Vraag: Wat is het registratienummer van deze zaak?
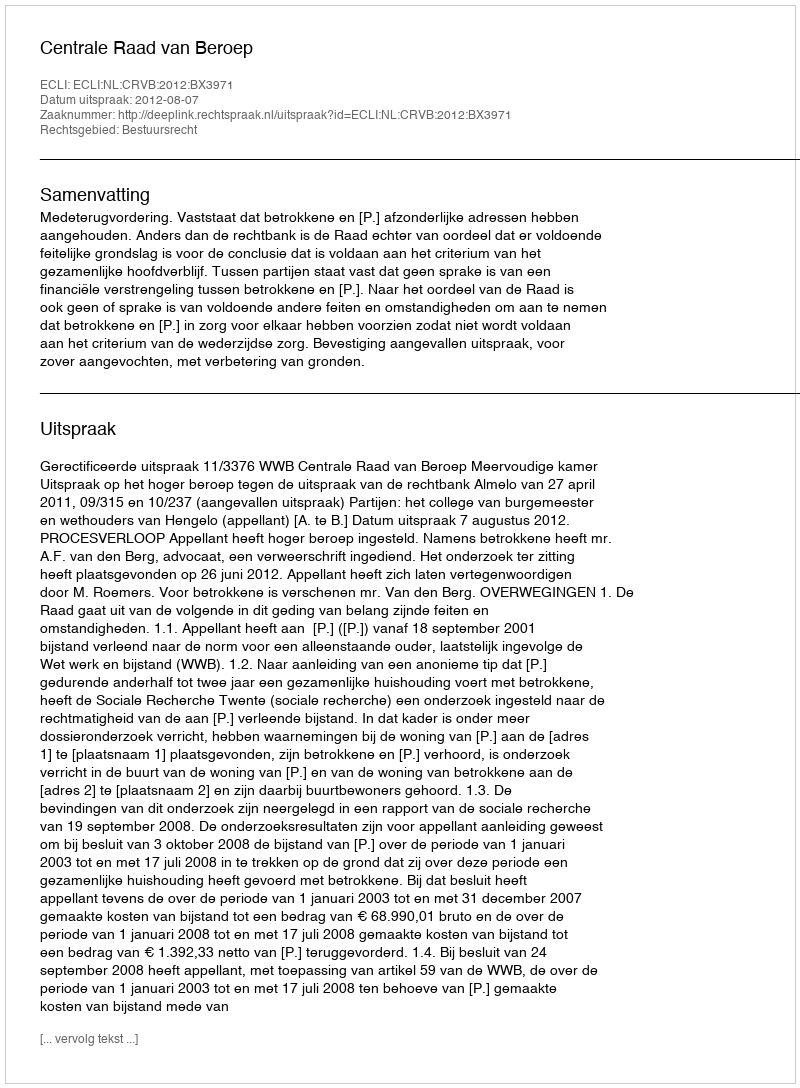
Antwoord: http://deeplink.rechtspraak.nl/uitspraak?id=ECLI:NL:CRVB:2012:BX3971